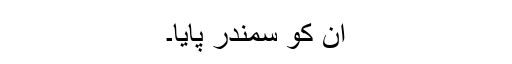
ان کو سمندر پایا۔